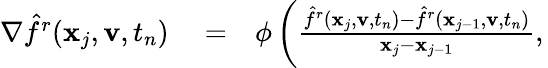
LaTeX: \begin{array}{rlr}{\nabla\hat{f}^{r}(\mathbf x_{j},\mathbf v,t_{n})}&{{}=}&{\phi\left(\frac{\hat{f}^{r}(\mathbf x_{j},\mathbf v,t_{n})-\hat{f}^{r}(\mathbf x_{j-1},\mathbf v,t_{n})}{\mathbf x_{j}-\mathbf x_{j-1}},\right.}\end{array}